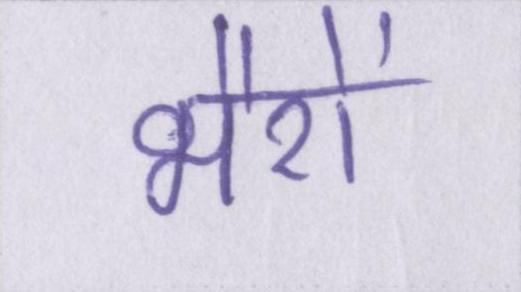
भैरों